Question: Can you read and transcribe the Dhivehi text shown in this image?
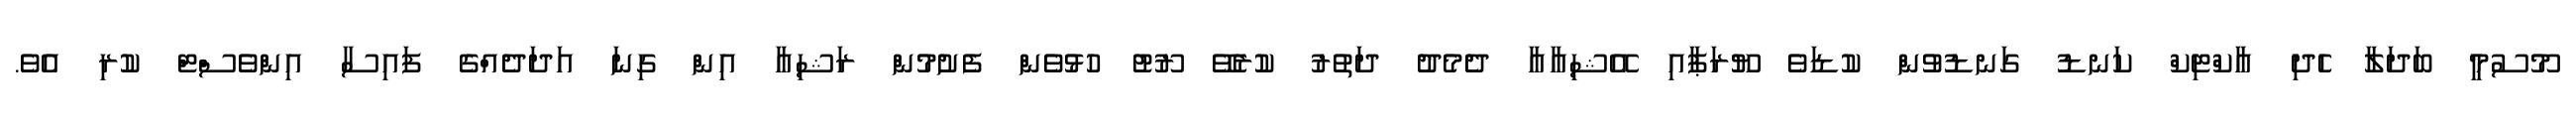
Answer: މޫސުމީ ބަދަލާ ހެދި އާކްޓިކް ކަނޑު ގަނޑުވުން ކުޑަވެ ޔޫރަޕާއި އޭޝިއާއާ ދެމެދު ދަތުރު ކުރެވޭ ރޫޓު ހުޅުވެން ފެށުމުން ރަޝިއާ އިން ގިނަ އަދަދެއްގެ ފައިސާ އިންވެސްޓް ކުރި އެވެ.